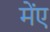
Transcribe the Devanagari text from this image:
मेंए